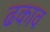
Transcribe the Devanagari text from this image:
ढकाव